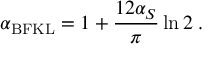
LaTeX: \alpha _ { \mathrm { B F K L } } = 1 + \frac { 1 2 \alpha _ { S } } { \pi } \ln 2 \; .